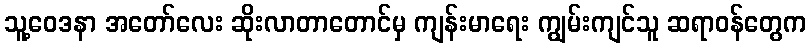
သူ့ဝေဒနာ အတော်လေး ဆိုးလာတာတောင်မှ ကျန်းမာရေး ကျွမ်းကျင်သူ ဆရာဝန်တွေက